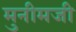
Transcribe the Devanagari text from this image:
मुनीमजी